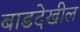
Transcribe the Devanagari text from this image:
बाडदेखील